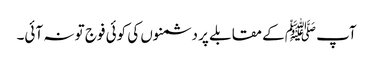
آپ ﷺکے مقابلے پر دشمنوں کی کوئی فوج تو نہ آئی۔